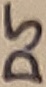
Text: D5